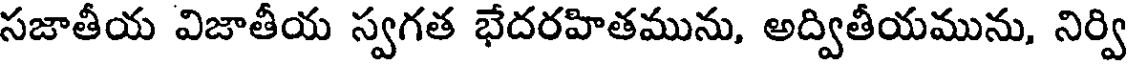
సజాతీయ విజాతీయ స్వగత భేదరహితమును, అద్వితీయమును, నిర్వి